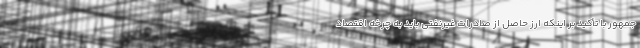
جمهور با تأکید بر اینکه ارز حاصل از صادرات غیرنفتی باید به چرخه اقتصاد